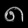
Digit: ၈